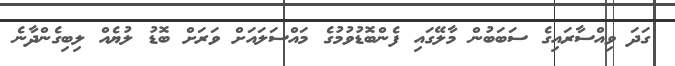
ގަދަ ވިއްސާރައިގެ ސަބަބުން މާލޭގައި ފެންބޮޑުވުމުގެ މައްސަލައަށް ވަރަށް ބޮޑު ލުޔެއް ލިބިގެންދާނެ